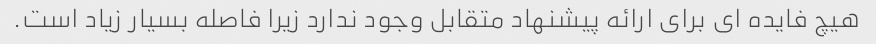
هیچ فایده ای برای ارائه پیشنهاد متقابل وجود ندارد زیرا فاصله بسیار زیاد است.